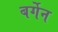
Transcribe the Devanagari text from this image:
बर्गेन